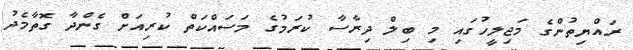
ރައްޔިތުންގެ މަޖިލީހުގައި މި ބިލް ދިރާސާ ކުރަމުގެ މަސައްކަތް ކުރިއަށް ގެންދާ ގޮތާމެދު